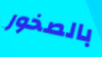
بالصخور